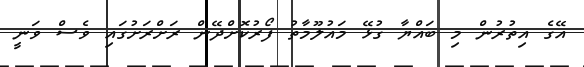
އޭގެ އިތުރުން މި ބައްޔާ ގުޅޭ މައުލޫމާތު ފޯރުކޮށްދޭން ރަށްރަށުގައި ވެސް ވަނީ